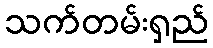
သက်တမ်းရှည်